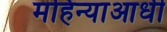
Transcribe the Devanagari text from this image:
महिन्याआधी